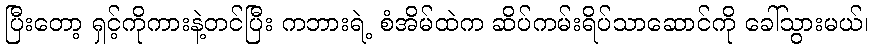
ပြီးတော့ ရှင့်ကိုကားနဲ့တင်ပြီး ကဘားရဲ့ စံအိမ်ထဲက ဆိပ်ကမ်းရိပ်သာဆောင်ကို ခေါ်သွားမယ်၊